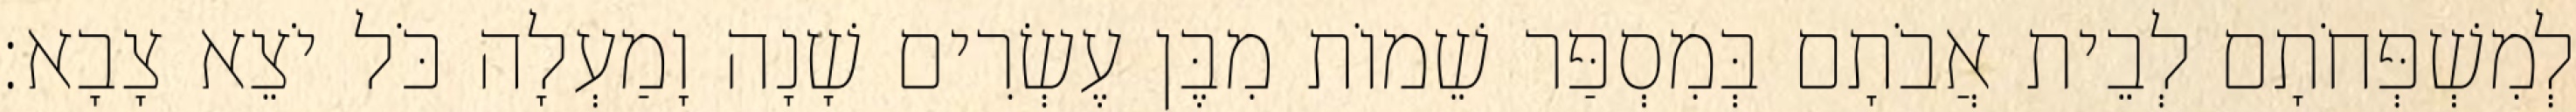
לְמִשְׁפְּחֹתָם לְבֵית אֲבֹתָם בְּמִסְפַּר שֵׁמוֹת מִבֶּן עֶשְׂרִים שָׁנָה וָמַעְלָה כֹּל יֹצֵא צָבָא׃